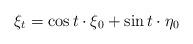
LaTeX: \begin{align*}\xi_t = \cos t \cdot \xi_0 + \sin t \cdot\eta_0\end{align*}